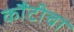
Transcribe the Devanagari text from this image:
कौंटीचा